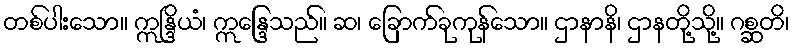
တစ်ပါးသော။ ဣန္ဒြိယံ၊ ဣန္ဒြေသည်။ ဆ၊ ခြောက်ခုကုန်သော။ ဌာနာနိ၊ ဌာနတို့သို့။ ဂစ္ဆတိ၊